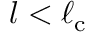
l < \ell _ { \mathrm { c } }